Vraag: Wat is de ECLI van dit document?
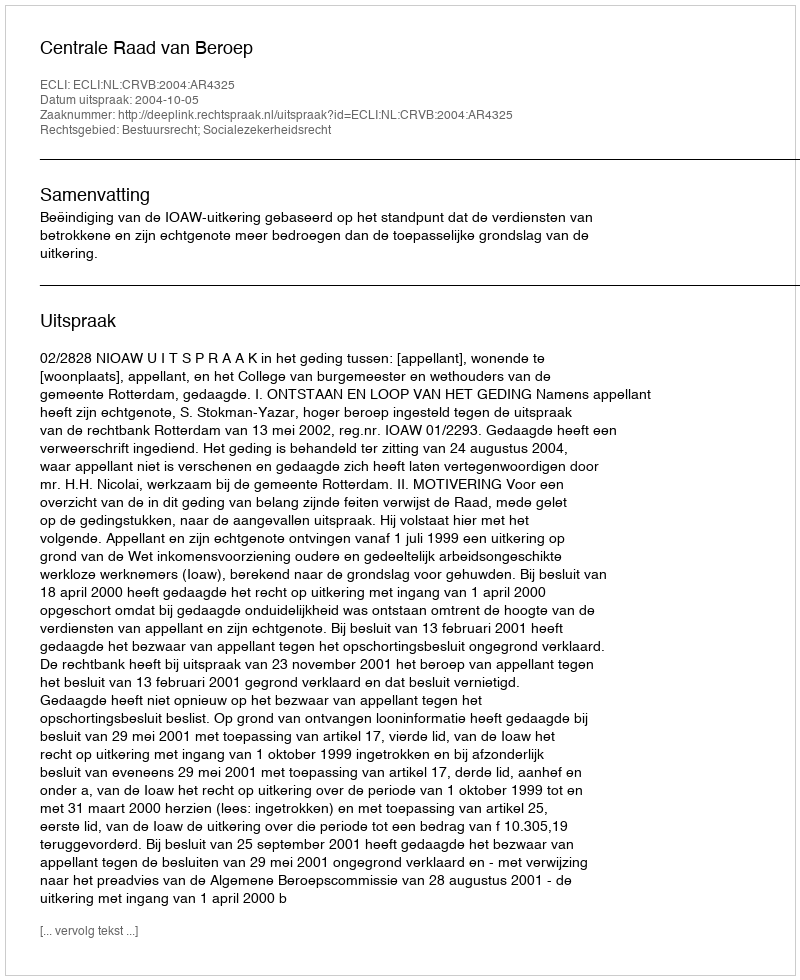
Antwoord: ECLI:NL:CRVB:2004:AR4325